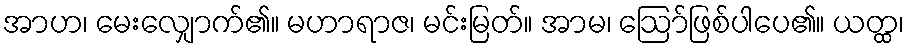
အာဟ၊ မေးလျှောက်၏။ မဟာရာဇ၊ မင်းမြတ်။ အာမ၊ ဩော်ဖြစ်ပါပေ၏။ ယတ္ထ၊